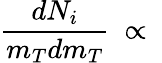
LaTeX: \frac{dN_{i}}{m_{T}dm_{T}}~\propto~